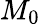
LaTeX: M_{0}